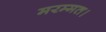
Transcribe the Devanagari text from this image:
मरम्मत।